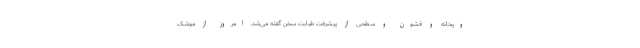
وپخانه و قشون و سطحی از پیشرفت طبابت سخن گفته می‌شد، امروز از موشک